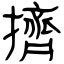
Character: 擠